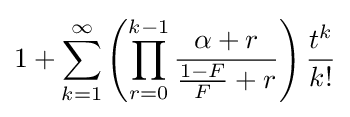
1+\sum _{k=1}^{\infty }\left(\prod _{r=0}^{k-1}{\frac {\alpha +r}{{\frac {1-F}{F}}+r}}\right){\frac {t^{k}}{k!}}